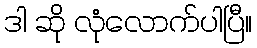
ဒါ ဆို လုံလောက်ပါပြီ။